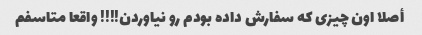
أصلا اون چیزی که سفارش داده بودم رو نیاوردن!!!! واقعا متاسفم